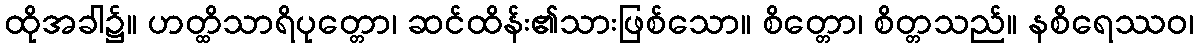
ထိုအခါ၌။ ဟတ္ထိသာရိပုတ္တော၊ ဆင်ထိန်း၏သားဖြစ်သော။ စိတ္တော၊ စိတ္တသည်။ နစိရေဿဝ၊